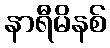
နာရီမိနစ်